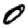
Digit: 0